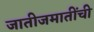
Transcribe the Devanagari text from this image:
जातीजमातींची